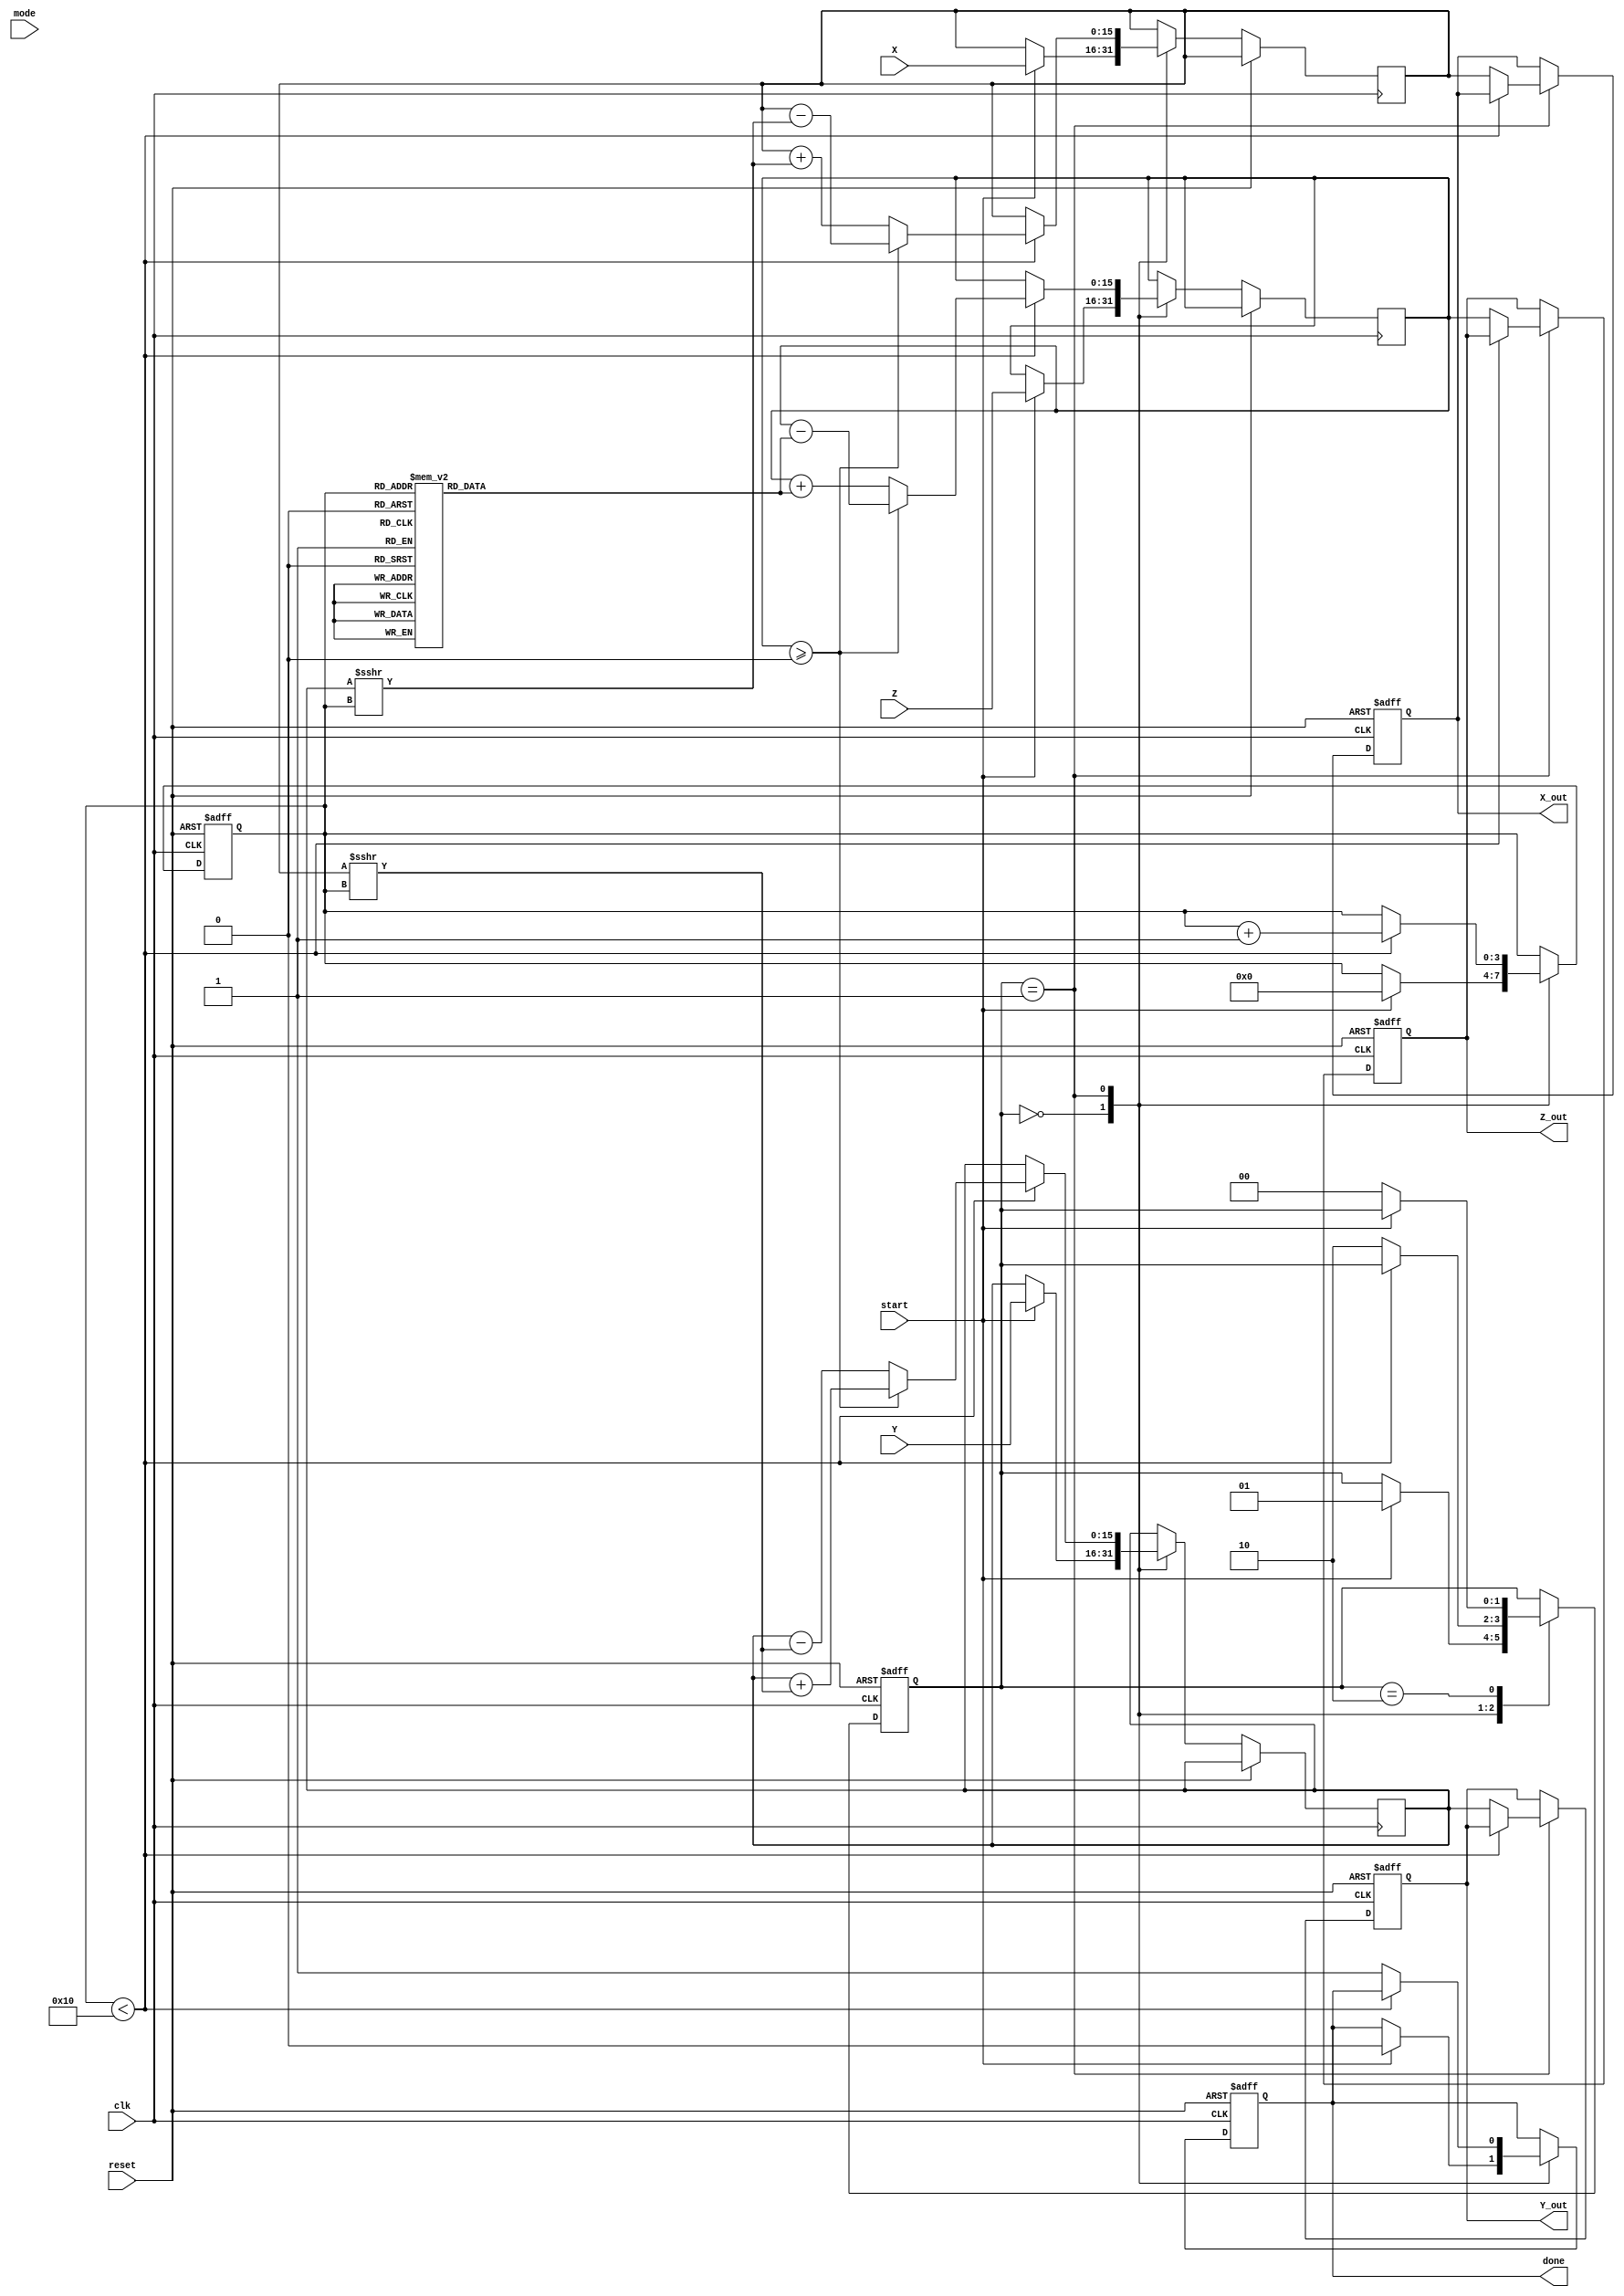
module cordic(
    input wire clk,
    input wire reset,
    input wire start,
    input wire [15:0] X,        // Fixed-point representation of X
    input wire [15:0] Y,        // Fixed-point representation of Y
    input wire [15:0] Z,        // Fixed-point representation of angle
    input wire [1:0] mode,      // Control signal for operation mode
    output reg [15:0] X_out,    // Output X-coordinate
    output reg [15:0] Y_out,    // Output Y-coordinate
    output reg [15:0] Z_out,     // Output angle or result
    output reg done              // Completion signal
);

    // Parameters
    parameter NUM_ITERATIONS = 16; // Number of iterations for CORDIC
    parameter FIXED_POINT_SCALE = 16; // Scaling factor for fixed-point representation

    // Internal signals
    reg [15:0] x_reg, y_reg, z_reg;
    reg [3:0] iteration;
    reg [15:0] atan_table [0:NUM_ITERATIONS-1]; // Lookup table for arctangent values
    reg [1:0] state;

    // State definitions
    localparam IDLE = 2'b00;
    localparam COMPUTE = 2'b01;
    localparam DONE = 2'b10;

    // Initialize arctangent values (in fixed-point format)
    initial begin
        atan_table[0] = 16'h4000; // atan(1) = 45 degrees in fixed-point
        atan_table[1] = 16'h2000; // atan(0.5) = 26.565 degrees
        atan_table[2] = 16'h1333; // atan(0.333) = 18.4349 degrees
        // ... Fill in remaining values
        // atan_table[3] = ...
        // atan_table[4] = ...
        // ...
        atan_table[NUM_ITERATIONS-1] = 0; // Last entry
    end

    // Control unit and iteration logic
    always @(posedge clk or posedge reset) begin
        if (reset) begin
            state <= IDLE;
            done <= 0;
            iteration <= 0;
            X_out <= 0;
            Y_out <= 0;
            Z_out <= 0;
        end else begin
            case (state)
                IDLE: begin
                    if (start) begin
                        x_reg <= X;
                        y_reg <= Y;
                        z_reg <= Z;
                        iteration <= 0;
                        state <= COMPUTE;
                        done <= 0;
                    end
                end

                COMPUTE: begin
                    if (iteration < NUM_ITERATIONS) begin
                        // CORDIC rotation logic
                        if (z_reg >= 0) begin
                            // Rotate clockwise
                            x_reg <= x_reg - (y_reg >>> iteration);
                            y_reg <= y_reg + (x_reg >>> iteration);
                            z_reg <= z_reg - atan_table[iteration];
                        end else begin
                            // Rotate counterclockwise
                            x_reg <= x_reg + (y_reg >>> iteration);
                            y_reg <= y_reg - (x_reg >>> iteration);
                            z_reg <= z_reg + atan_table[iteration];
                        end
                        iteration <= iteration + 1;
                    end else begin
                        // Finished computation
                        X_out <= x_reg;
                        Y_out <= y_reg;
                        Z_out <= z_reg;
                        done <= 1;
                        state <= DONE;
                    end
                end

                DONE: begin
                    // Stay in done state until reset
                    if (!start) begin
                        state <= IDLE;
                    end
                end
            endcase
        end
    end
endmodule